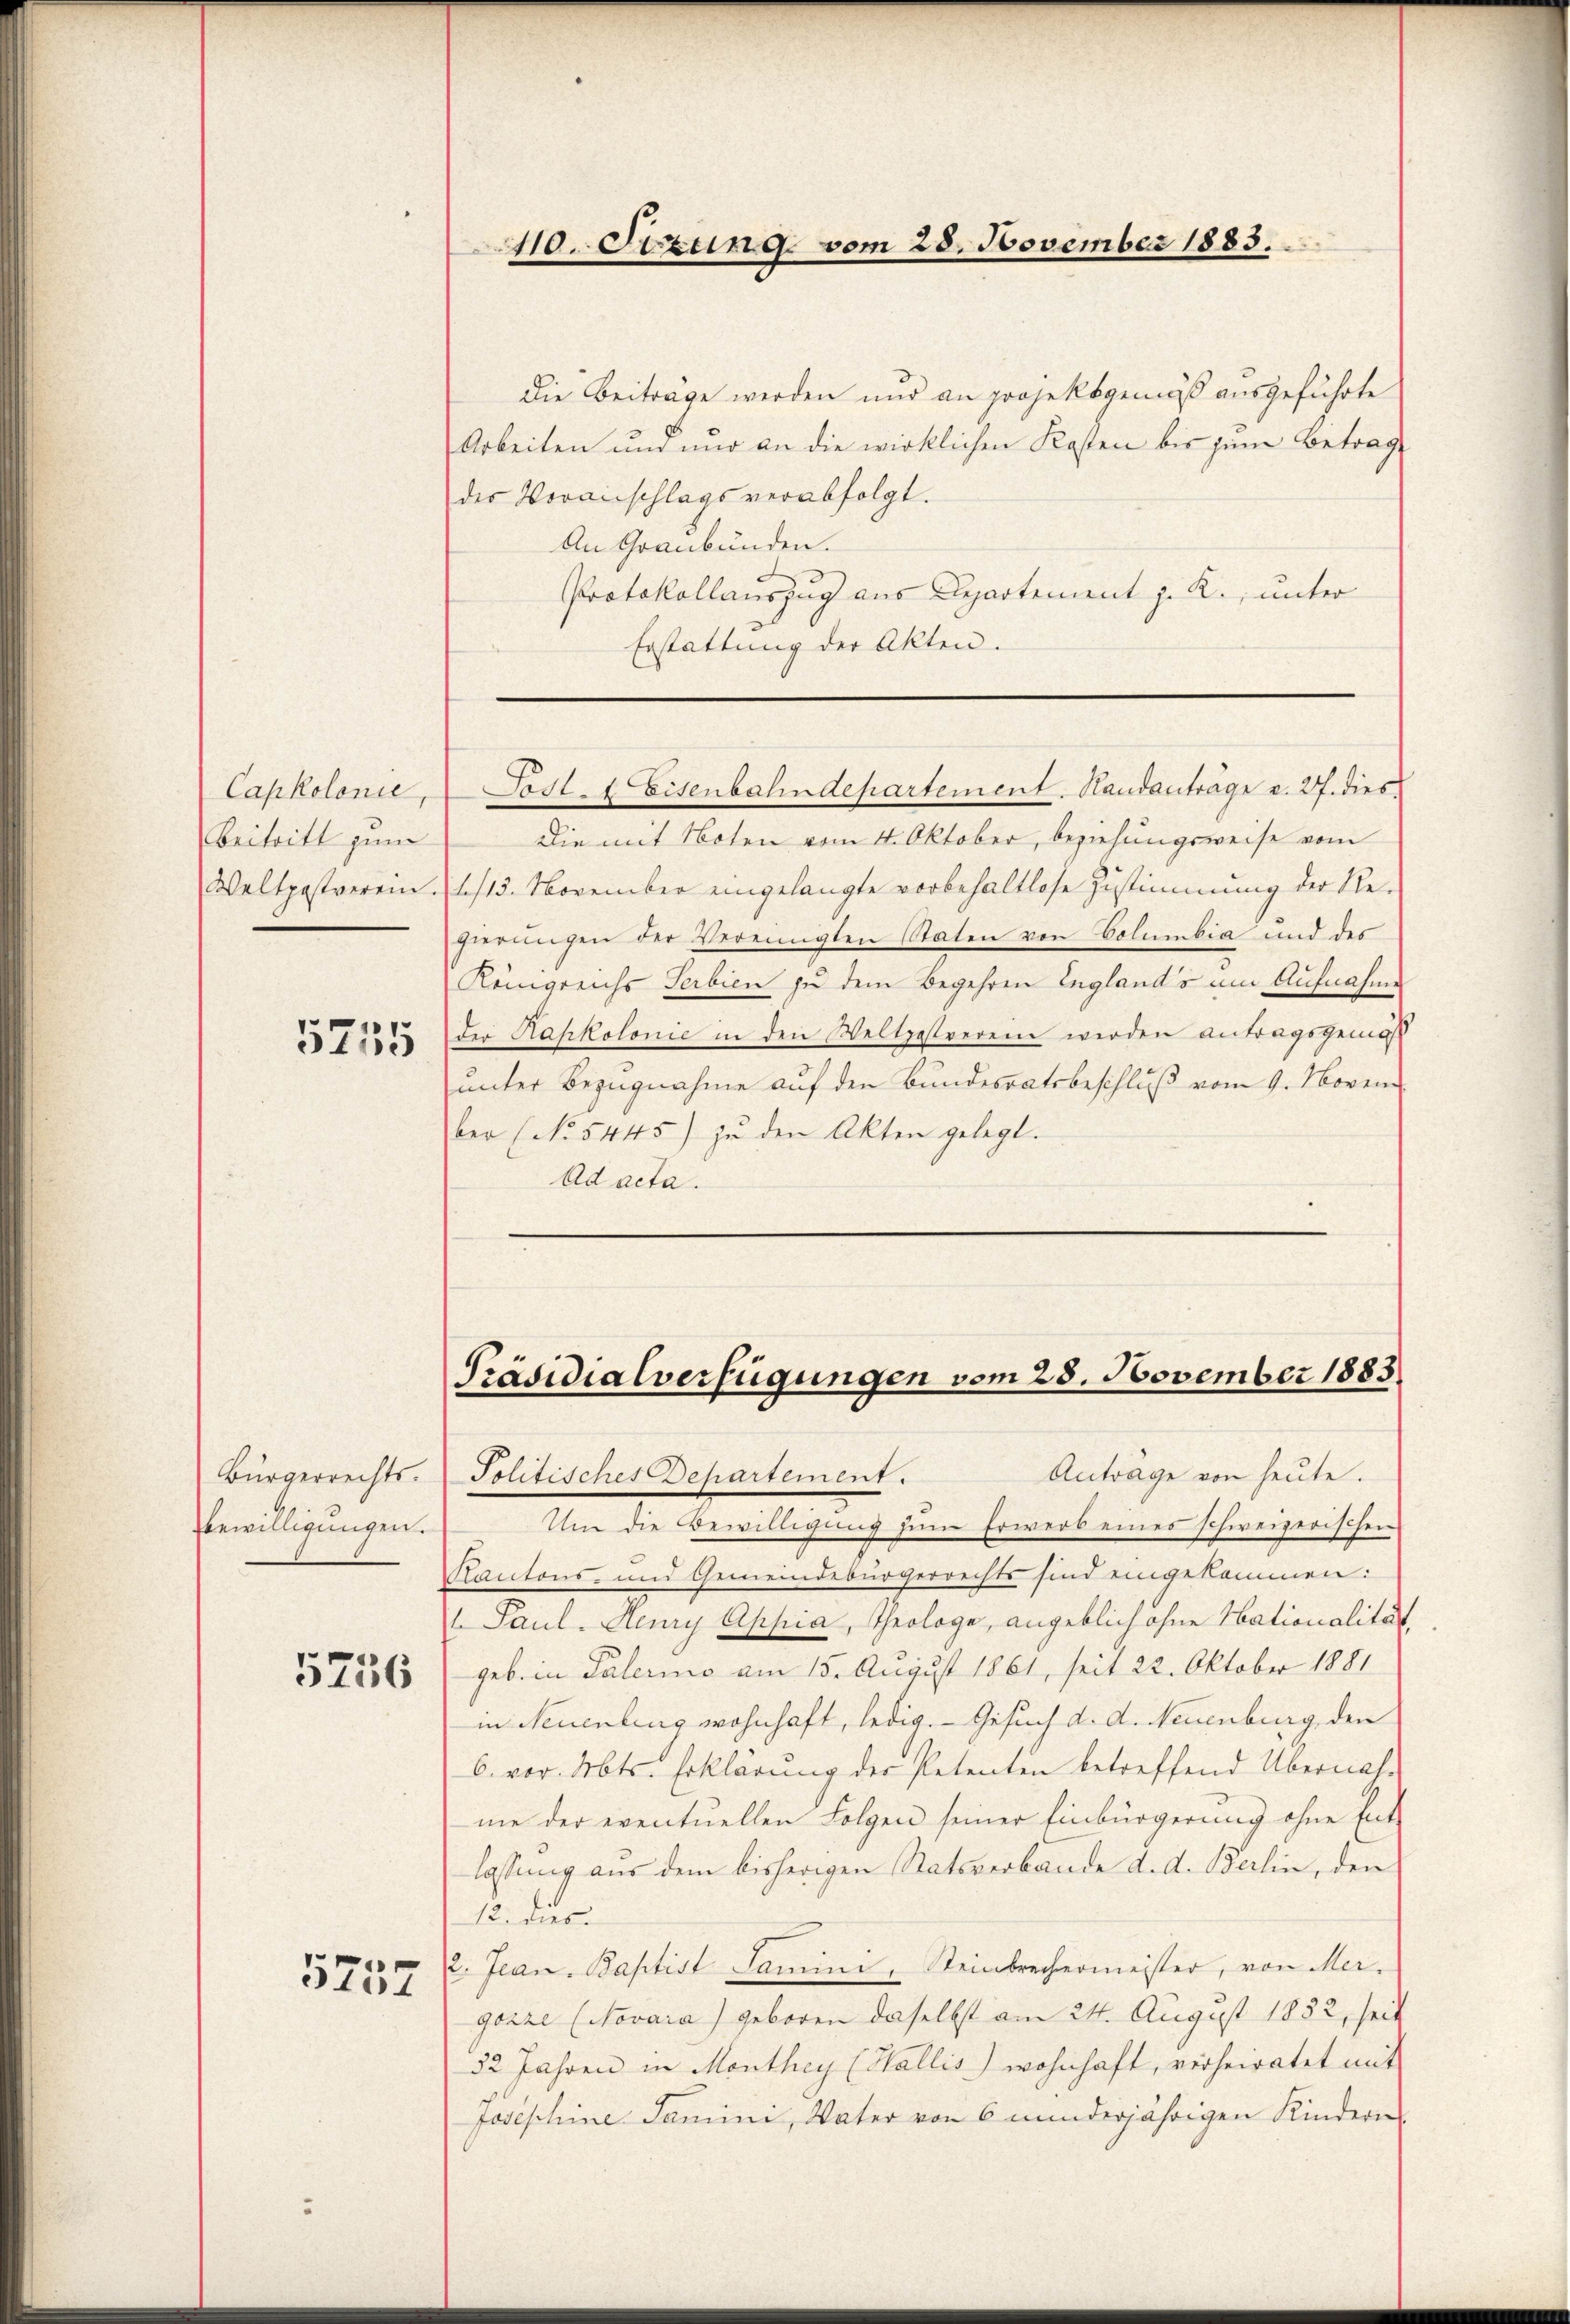
Capkolonie
Beitritt zum
Weltpastverein.

5735

Bürgerrechts.
bewilligungen.

5756

5757

110. Setzung vom 28. November 1883.

Die Beiträge werden nur an projektgemäß ausgeführte
Arbeiten und nur an die wirklichen Kosten bis zum Betrag
der Voranschlags verabfolgt.
An Graubünden.
Protokollauszug aus Departement z. R., unter
Erstattung der Akten.

Die mit Noten vom 4. Oktober, beziehungsweise vom
1113. November eingelangte vorbehaltlose Zustimmung der Regierungen der Vereinigten Staten von Volumbia und des
Königreichs Serbien zu dem Begehren England's am Aufnahme
Die Kahkolonie in den Weltgestreren werden antragsgemäß
unter Bezugnahme auf den Bundesratsbeschluß vom 9. Novem
ber (No. 5445) zŭ den Akten gelegt.
Ad acta.

Post. Eisenbahndepartement. Sandanträge v. 27. dies

Präsidialverfügungen vom 28. November 1883.

Antrage von heute.
Politisches Behartement.
Um die Bewilligung zum Erwerb eines schweizerischen
Kantons- und Gemeindebürgerrechts sind eingekommen:
l. Paul. Henry Appia, Theologe, angeblich ohne Nationalität
geb. in Palerino am 15. August 1861, seit 22. Oktober 1881
in Neuenbung wohnhaft, ledig. Gesuch d. d. Neuenburg, den
6. vor. Mts. Erklärung der Petenten betreffend Übernahme der eventuellen Folgen seiner Einbürgerung ohne Ent-
lassung aus dem bisherigen Statsverbande d. d. Berlin, den
12. dies
2. Jean. Baptist Samini, Steinbrechermeister, von Mer-
gozze (Novara) geboren daselbst am 24. August 1882, seit
32 Jahren in Monthey (Wallis) wohnhaft, verheiratet mit
Josephine Samini, Vater von 6 minderjährigen Kindern